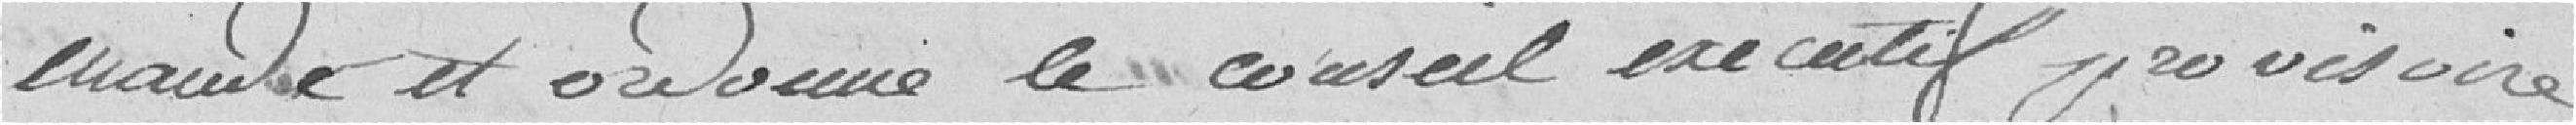
Mande et ordonne le conseil exécutif provisoire